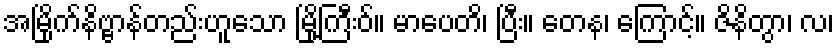
အမြိုက်နိဗ္ဗာန်တည်းဟူသော မြို့ကြီးဝ်။ မာပေတိ၊ ပြီး။ တေန၊ ကြောင့်။ ဇိနိတွာ၊ လ၊